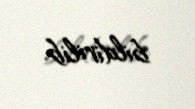
bildirilib.